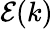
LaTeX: {\mathcal{E}}(k)